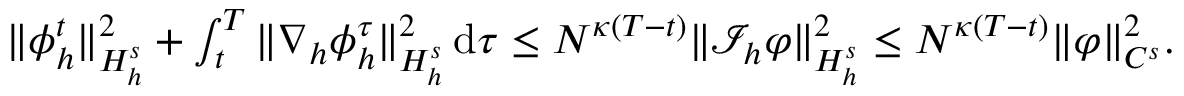
\begin{array} { r } { \| \phi _ { h } ^ { t } \| _ { H _ { h } ^ { s } } ^ { 2 } + \int _ { t } ^ { T } \| \nabla _ { h } \phi _ { h } ^ { \tau } \| _ { H _ { h } ^ { s } } ^ { 2 } \, \mathrm { d } \tau \leq N ^ { \kappa ( T - t ) } \| \mathcal { I } _ { h } \varphi \| _ { H _ { h } ^ { s } } ^ { 2 } \leq N ^ { \kappa ( T - t ) } \| \varphi \| _ { C ^ { s } } ^ { 2 } . } \end{array}